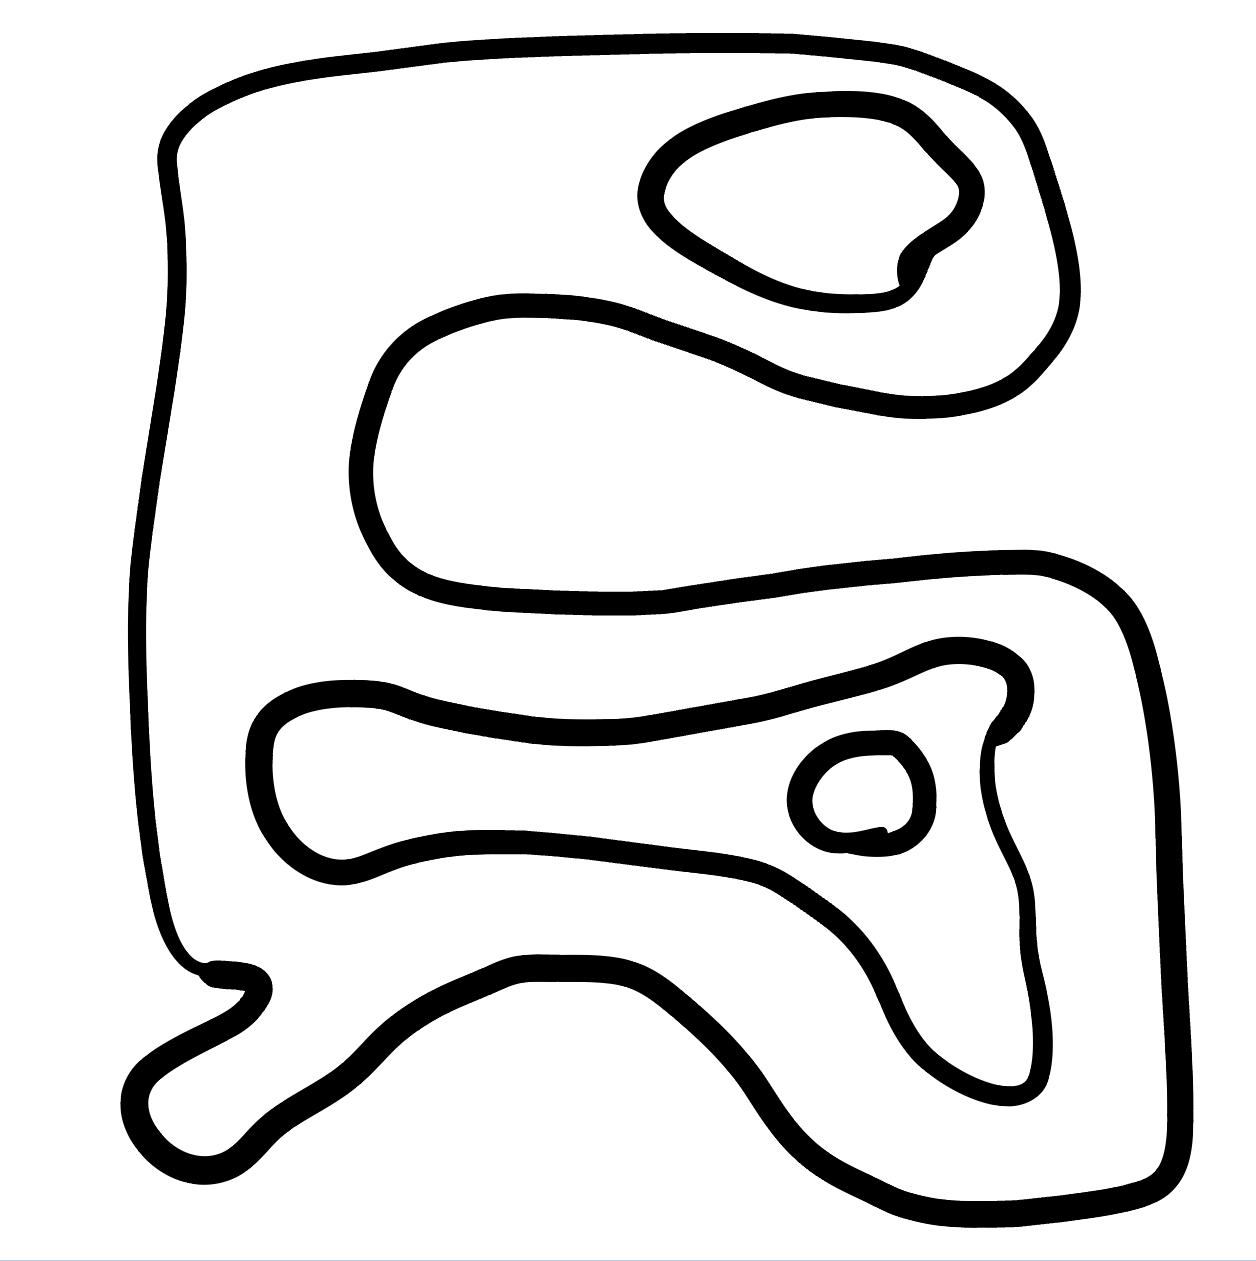
Number of regions (including the outer root region): 5
Containment tree edges (parent, child): 0, 1, 1, 2, 1, 4, 2, 3